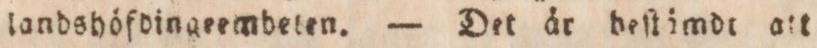
landshöfdingeembeten. — Det år deſtämde att